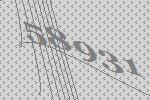
58931